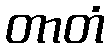
တာတံ